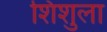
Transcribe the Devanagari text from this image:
शिशुला